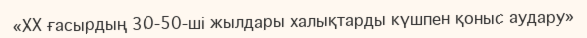
«XX ғасырдың 30-50-ші жылдары халықтарды күшпен қоныс аудару»